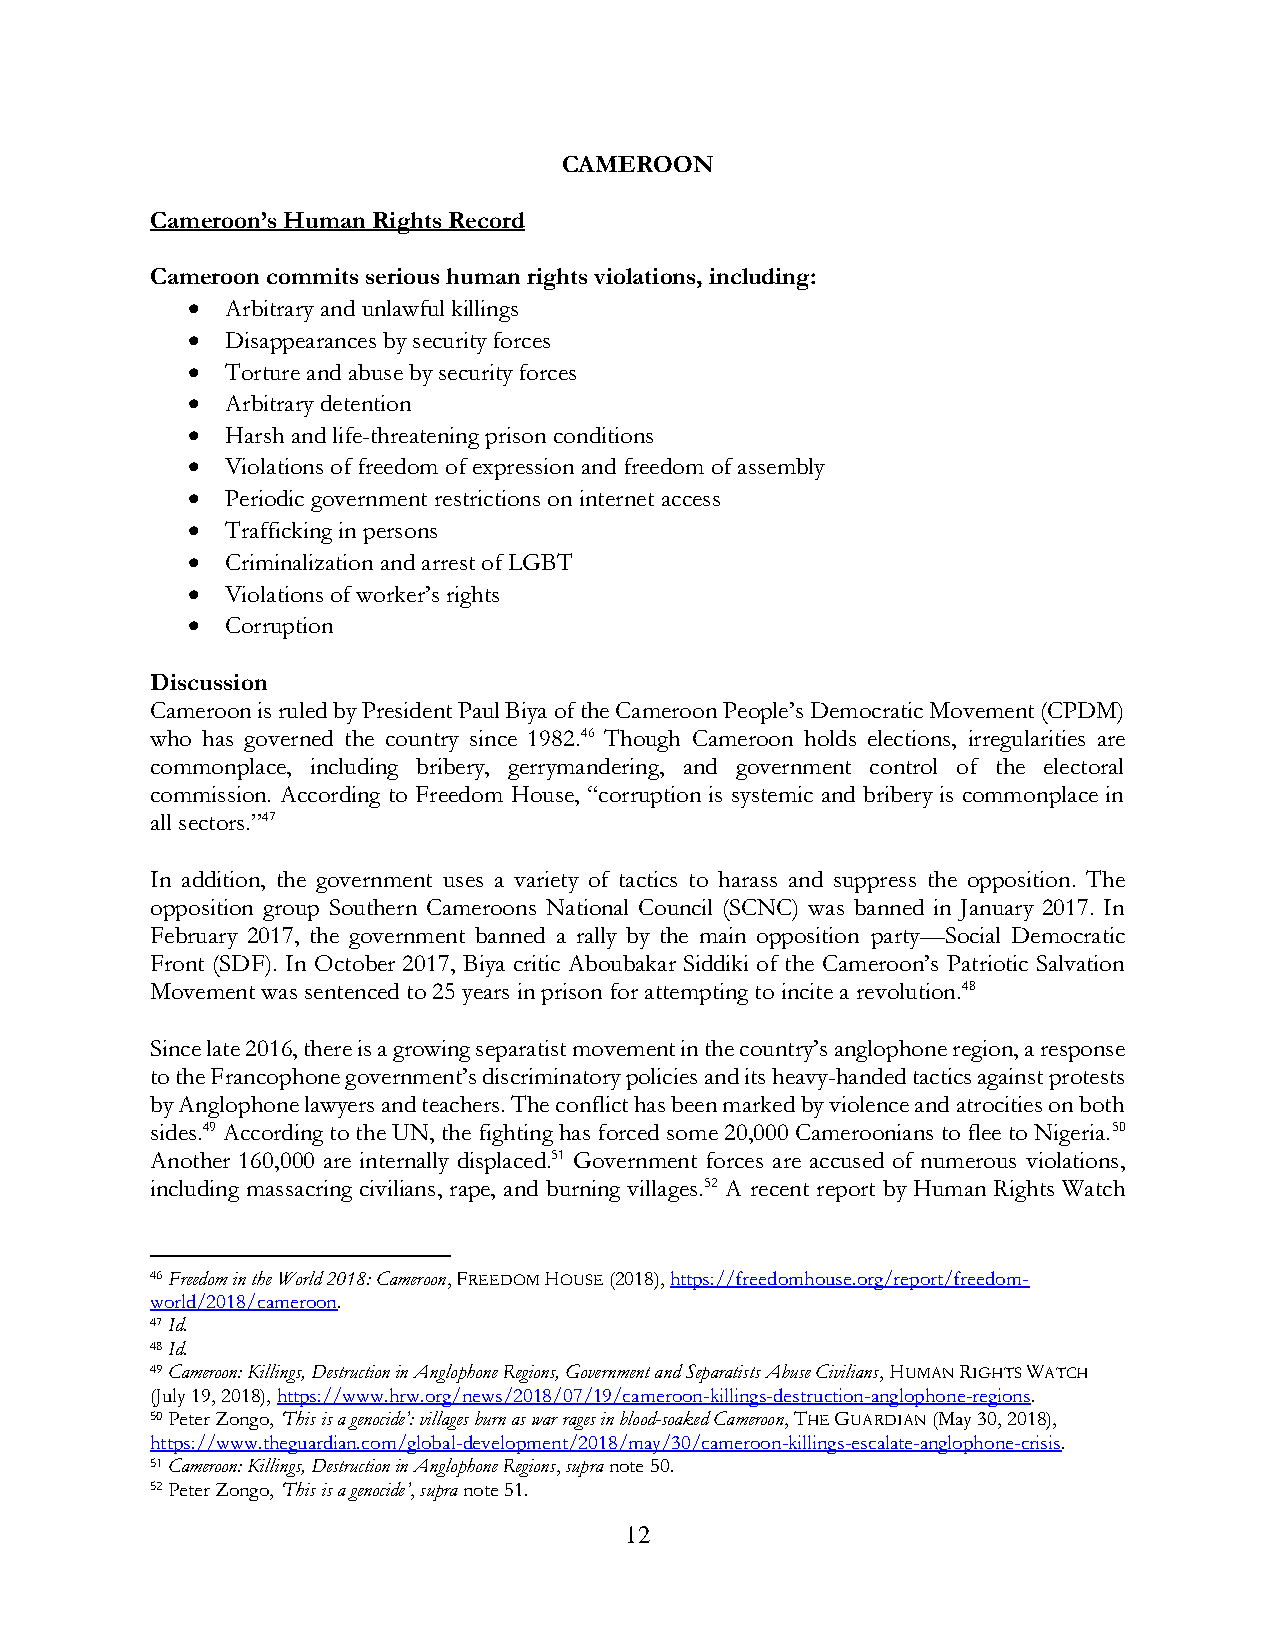
CAMEROON
 Cameroon’s Human Rights Record
 Cameroon commits serious human rights violations, including:
 •  Arbitrary and unlawful killings
 •  Disappearances by security forces
 •  Torture and abuse by security forces
 •  Arbitrary detention
 •  Harsh and life-threatening prison conditions
 •  Violations of freedom of expression and freedom of assembly
 •  Periodic government restrictions on internet access
 •  Trafficking in persons
 •  Criminalization and arrest of LGBT
 •  Violations of worker’s rights
 •  Corruption
 Discussion
 Cameroon is ruled by President Paul Biya of the Cameroon People’s Democratic Movement (CPDM)
 who has governed the country since 1982.46 Though Cameroon holds elections, irregularities are
 commonplace, including bribery, gerrymandering, and government control of the electoral
 commission. According to Freedom House, “corruption is systemic and bribery is commonplace in
 all sectors.”47
 In addition, the government uses a variety of tactics to harass and suppress the opposition. The
 opposition group Southern Cameroons National Council (SCNC) was banned in January 2017. In
 February 2017, the government banned a rally by the main opposition party—Social Democratic
 Front (SDF). In October 2017, Biya critic Aboubakar Siddiki of the Cameroon’s Patriotic Salvation
 Movement was sentenced to 25 years in prison for attempting to incite a revolution.48
 Since late 2016, there is a growing separatist movement in the country’s anglophone region, a response
 to the Francophone government’s discriminatory policies and its heavy-handed tactics against protests
 by Anglophone lawyers and teachers. The conflict has been marked by violence and atrocities on both
 sides.49 According to the UN, the fighting has forced some 20,000 Cameroonians to flee to Nigeria.50
 Another 160,000 are internally displaced.51 Government forces are accused of numerous violations,
 including massacring civilians, rape, and burning villages.52 A recent report by Human Rights Watch
 46 Freedom in the World 2018: Cameroon, FREEDOM HOUSE (2018), https://freedomhouse.org/report/freedom-
 world/2018/cameroon.
 47 Id.
 48 Id.
 49 Cameroon: Killings, Destruction in Anglophone Regions, Government and Separatists Abuse Civilians, HUMAN RIGHTS WATCH
 (July 19, 2018), https://www.hrw.org/news/2018/07/19/cameroon-killings-destruction-anglophone-regions.
 50 Peter Zongo, ‘This is a genocide’: villages burn as war rages in blood-soaked Cameroon, THE GUARDIAN (May 30, 2018),
 https://www.theguardian.com/global-development/2018/may/30/cameroon-killings-escalate-anglophone-crisis.
 51 Cameroon: Killings, Destruction in Anglophone Regions, supra note 50.
 52 Peter Zongo, ‘This is a genocide’, supra note 51.
 12